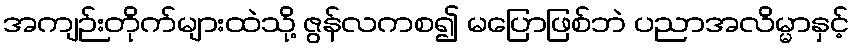
အကျဉ်းတိုက်များထဲသို့ ဇွန်လကစ၍ မပြောဖြစ်ဘဲ ပညာအလိမ္မာနှင့်